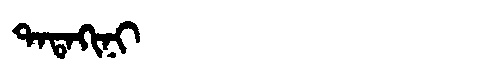
Manchu: ᡨᠠᡨᠠᡴᡳᠨᡳ
Romanization: TATAKINI